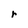
Character: r